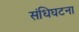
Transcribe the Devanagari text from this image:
संधिघटना